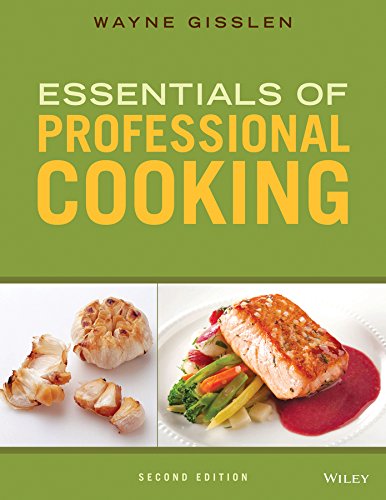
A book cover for Essentials of Professional Cooking; Wayne Gisslen; Cookbooks, Food & Wine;